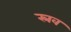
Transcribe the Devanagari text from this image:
स्रव